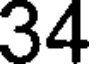
34